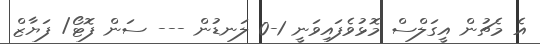
އެ މެޗުން އީގަލްސް މޮޅުވެފައިވަނީ 1-0 ލަނޑުން --- ސަން ފޮޓޯ/ ފަޔާޒް